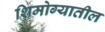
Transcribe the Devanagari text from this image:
शिमोग्यातील